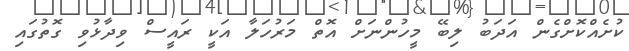
ކުށެއްކޮށްގެން އަދަބު ލިބޭ މީހުންނަށް އޮތް މަރުހަލާ އަކީ ރައީސް ވިދާޅުވި ގޮތުގައި